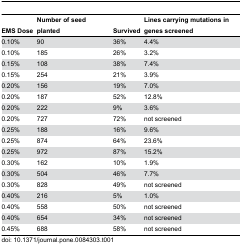
| EMS Dose | Number of seed planted | Survived | Lines carrying mutations in genes screened |
 | --- | --- | --- | --- |
 | 0.10% | 90 | 36% | 4.4% |
 | 0.10% | 185 | 26% | 3.2% |
 | 0.15% | 108 | 38% | 7.4% |
 | 0.15% | 254 | 21% | 3.9% |
 | 0.20% | 156 | 19% | 7.0% |
 | 0.20% | 187 | 52% | 12.8% |
 | 0.20% | 222 | 9% | 3.6% |
 | 0.20% | 727 | 72% | not screened |
 | 0.25% | 188 | 16% | 9.6% |
 | 0.25% | 874 | 64% | 23.6% |
 | 0.25% | 972 | 87% | 15.2% |
 | 0.30% | 162 | 10% | 1.9% |
 | 0.30% | 504 | 46% | 7.7% |
 | 0.30% | 828 | 49% | not screened |
 | 0.40% | 216 | 5% | 1.0% |
 | 0.40% | 558 | 50% | not screened |
 | 0.40% | 654 | 34% | not screened |
 | 0.45% | 688 | 58% | not screened |